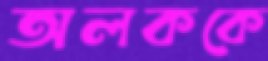
অলককে